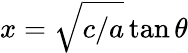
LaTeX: x={\sqrt{c/a}}\tan\theta